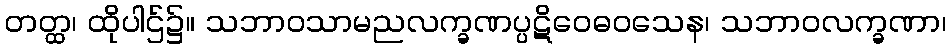
တတ္ထ၊ ထိုပါဌ်၌။ သဘာဝသာမညလက္ခဏပ္ပဋိဝေဓဝသေန၊ သဘာဝလက္ခဏာ၊